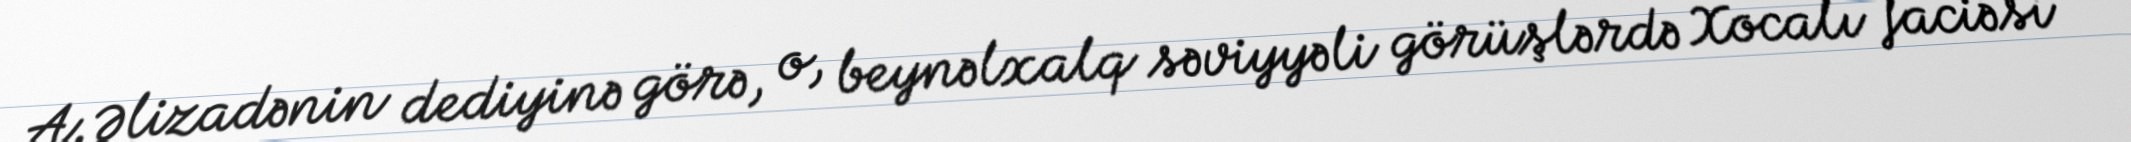
A.Əlizadənin dediyinə görə, o, beynəlxalq səviyyəli görüşlərdə Xocalı faciəsi